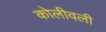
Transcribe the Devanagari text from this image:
कोलीवली